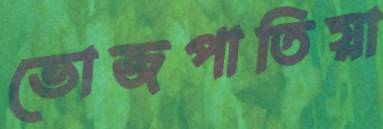
ভোজপাতিয়া